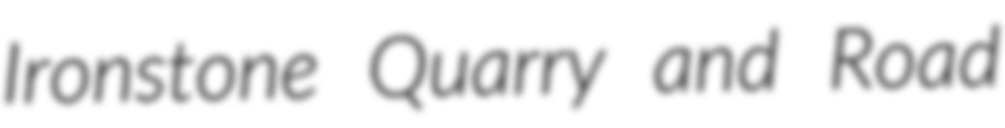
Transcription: Ironstone Quarry and Road